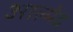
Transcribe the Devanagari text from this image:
आल्मेद